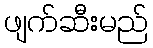
ဖျက်ဆီးမည်